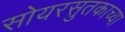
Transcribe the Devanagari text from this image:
सोयरसुतकाच्या